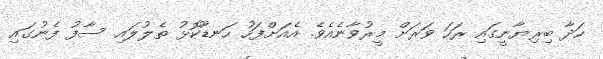
ހަދާ ބިރިޔާނީގައި ރަހަ ވަރަށް މީރުވާނެއެވެ. އެއަށްފަހު ހަނޑޫކޮޅު ތެލުލައި ސާފު ފެނުގައި